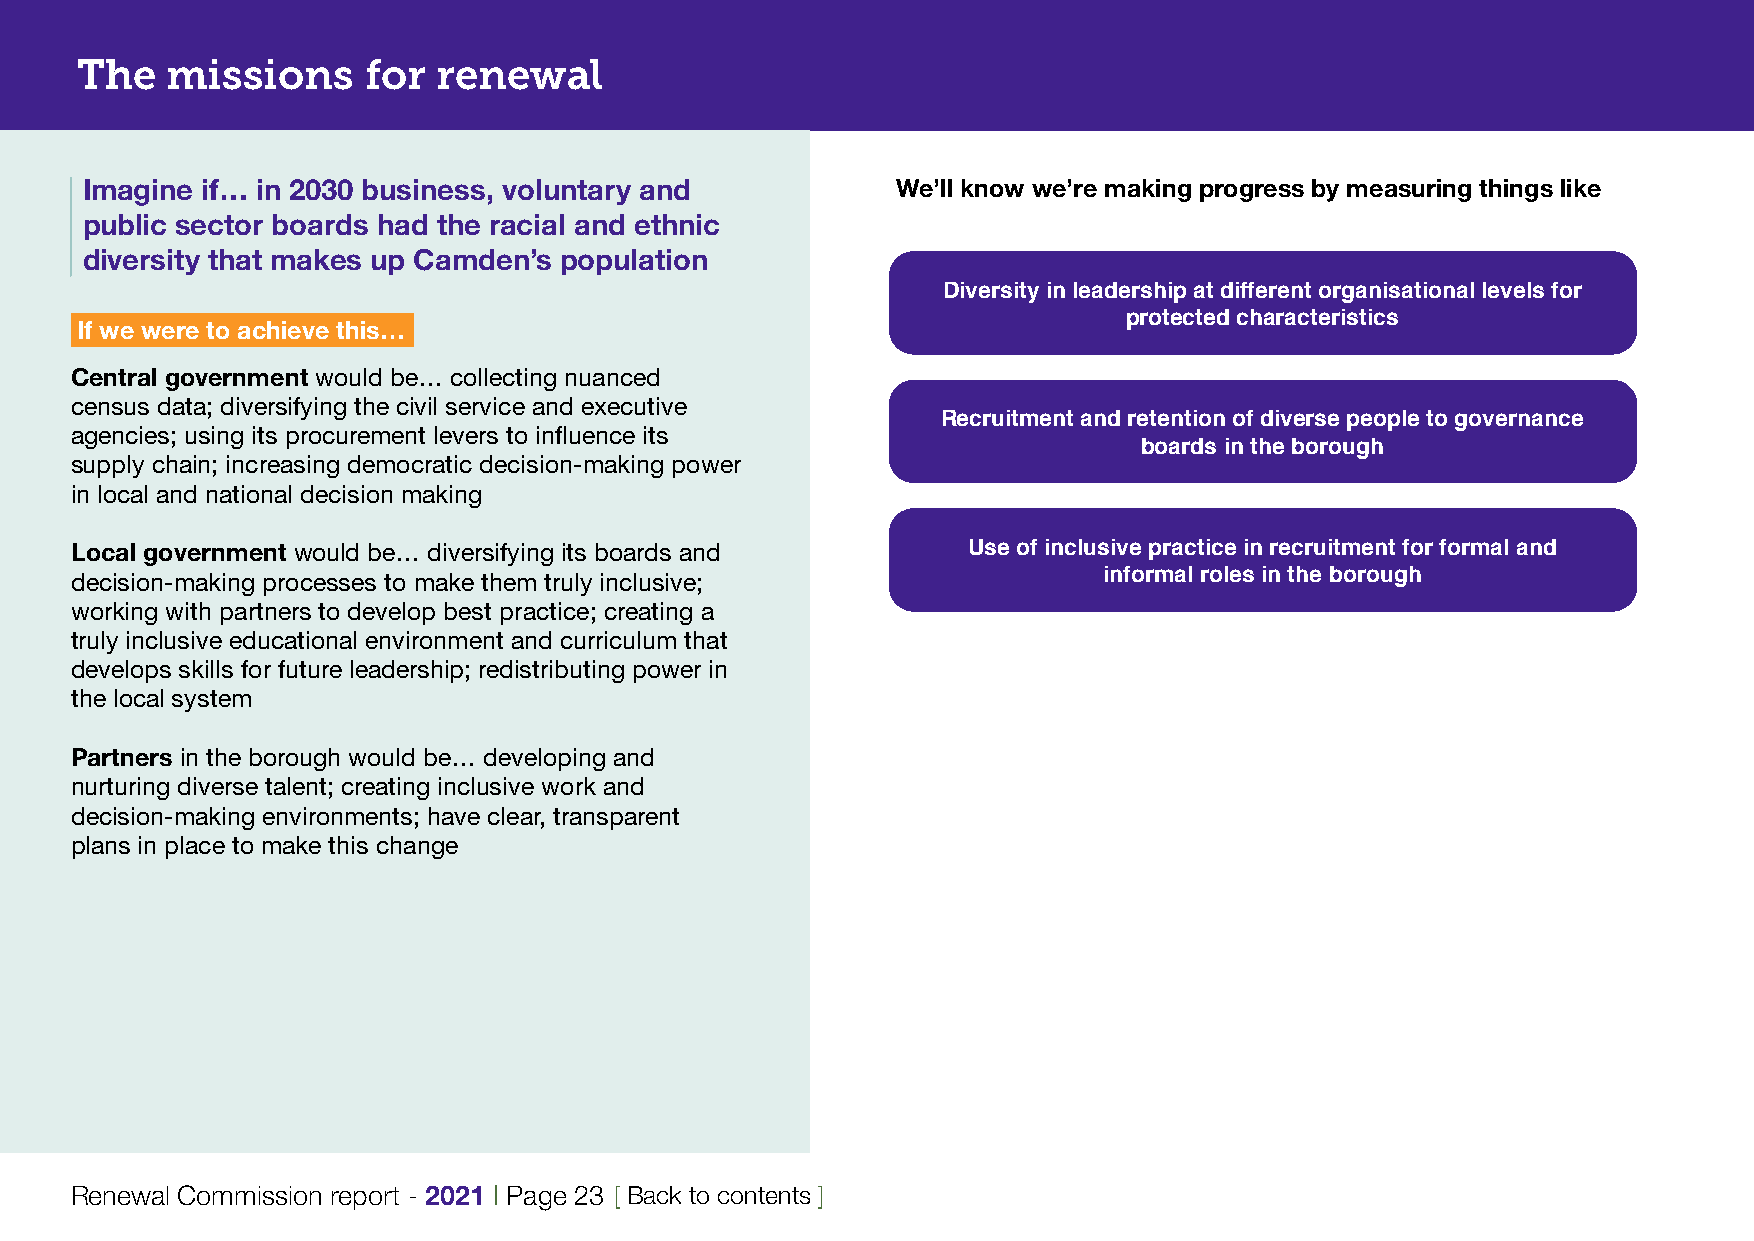
The   missions     for  renewal
 Imagine if… in 2030 business, voluntary and           We’ll know we’re making progress by measuring things like
 public sector boards had the racial and ethnic
 diversity that makes up Camden’s population
 Diversity in leadership at different organisational levels for
 If we were to achieve this…                                           protected characteristics
 Central government would be… collecting nuanced
 census data; diversifying the civil service and executive
 Recruitment and retention of diverse people to governance
 agencies; using its procurement levers to influence its
 boards in the borough
 supply chain; increasing democratic decision-making power
 in local and national decision making
 Local government would be… diversifying its boards and     Use of inclusive practice in recruitment for formal and
 decision-making processes to make them truly inclusive;             informal roles in the borough
 working with partners to develop best practice; creating a
 truly inclusive educational environment and curriculum that
 develops skills for future leadership; redistributing power in
 the local system
 Partners in the borough would be… developing and
 nurturing diverse talent; creating inclusive work and
 decision-making environments; have clear, transparent
 plans in place to make this change
 Renewal Commission report - 2021 | Page 23 [ Back to contents ]